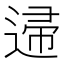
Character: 䢜